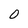
Character: 0